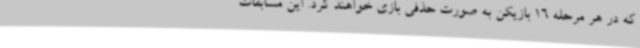
که در هر مرحله 16 بازیکن به صورت حذفی بازی خواهند کرد. این مسابقات